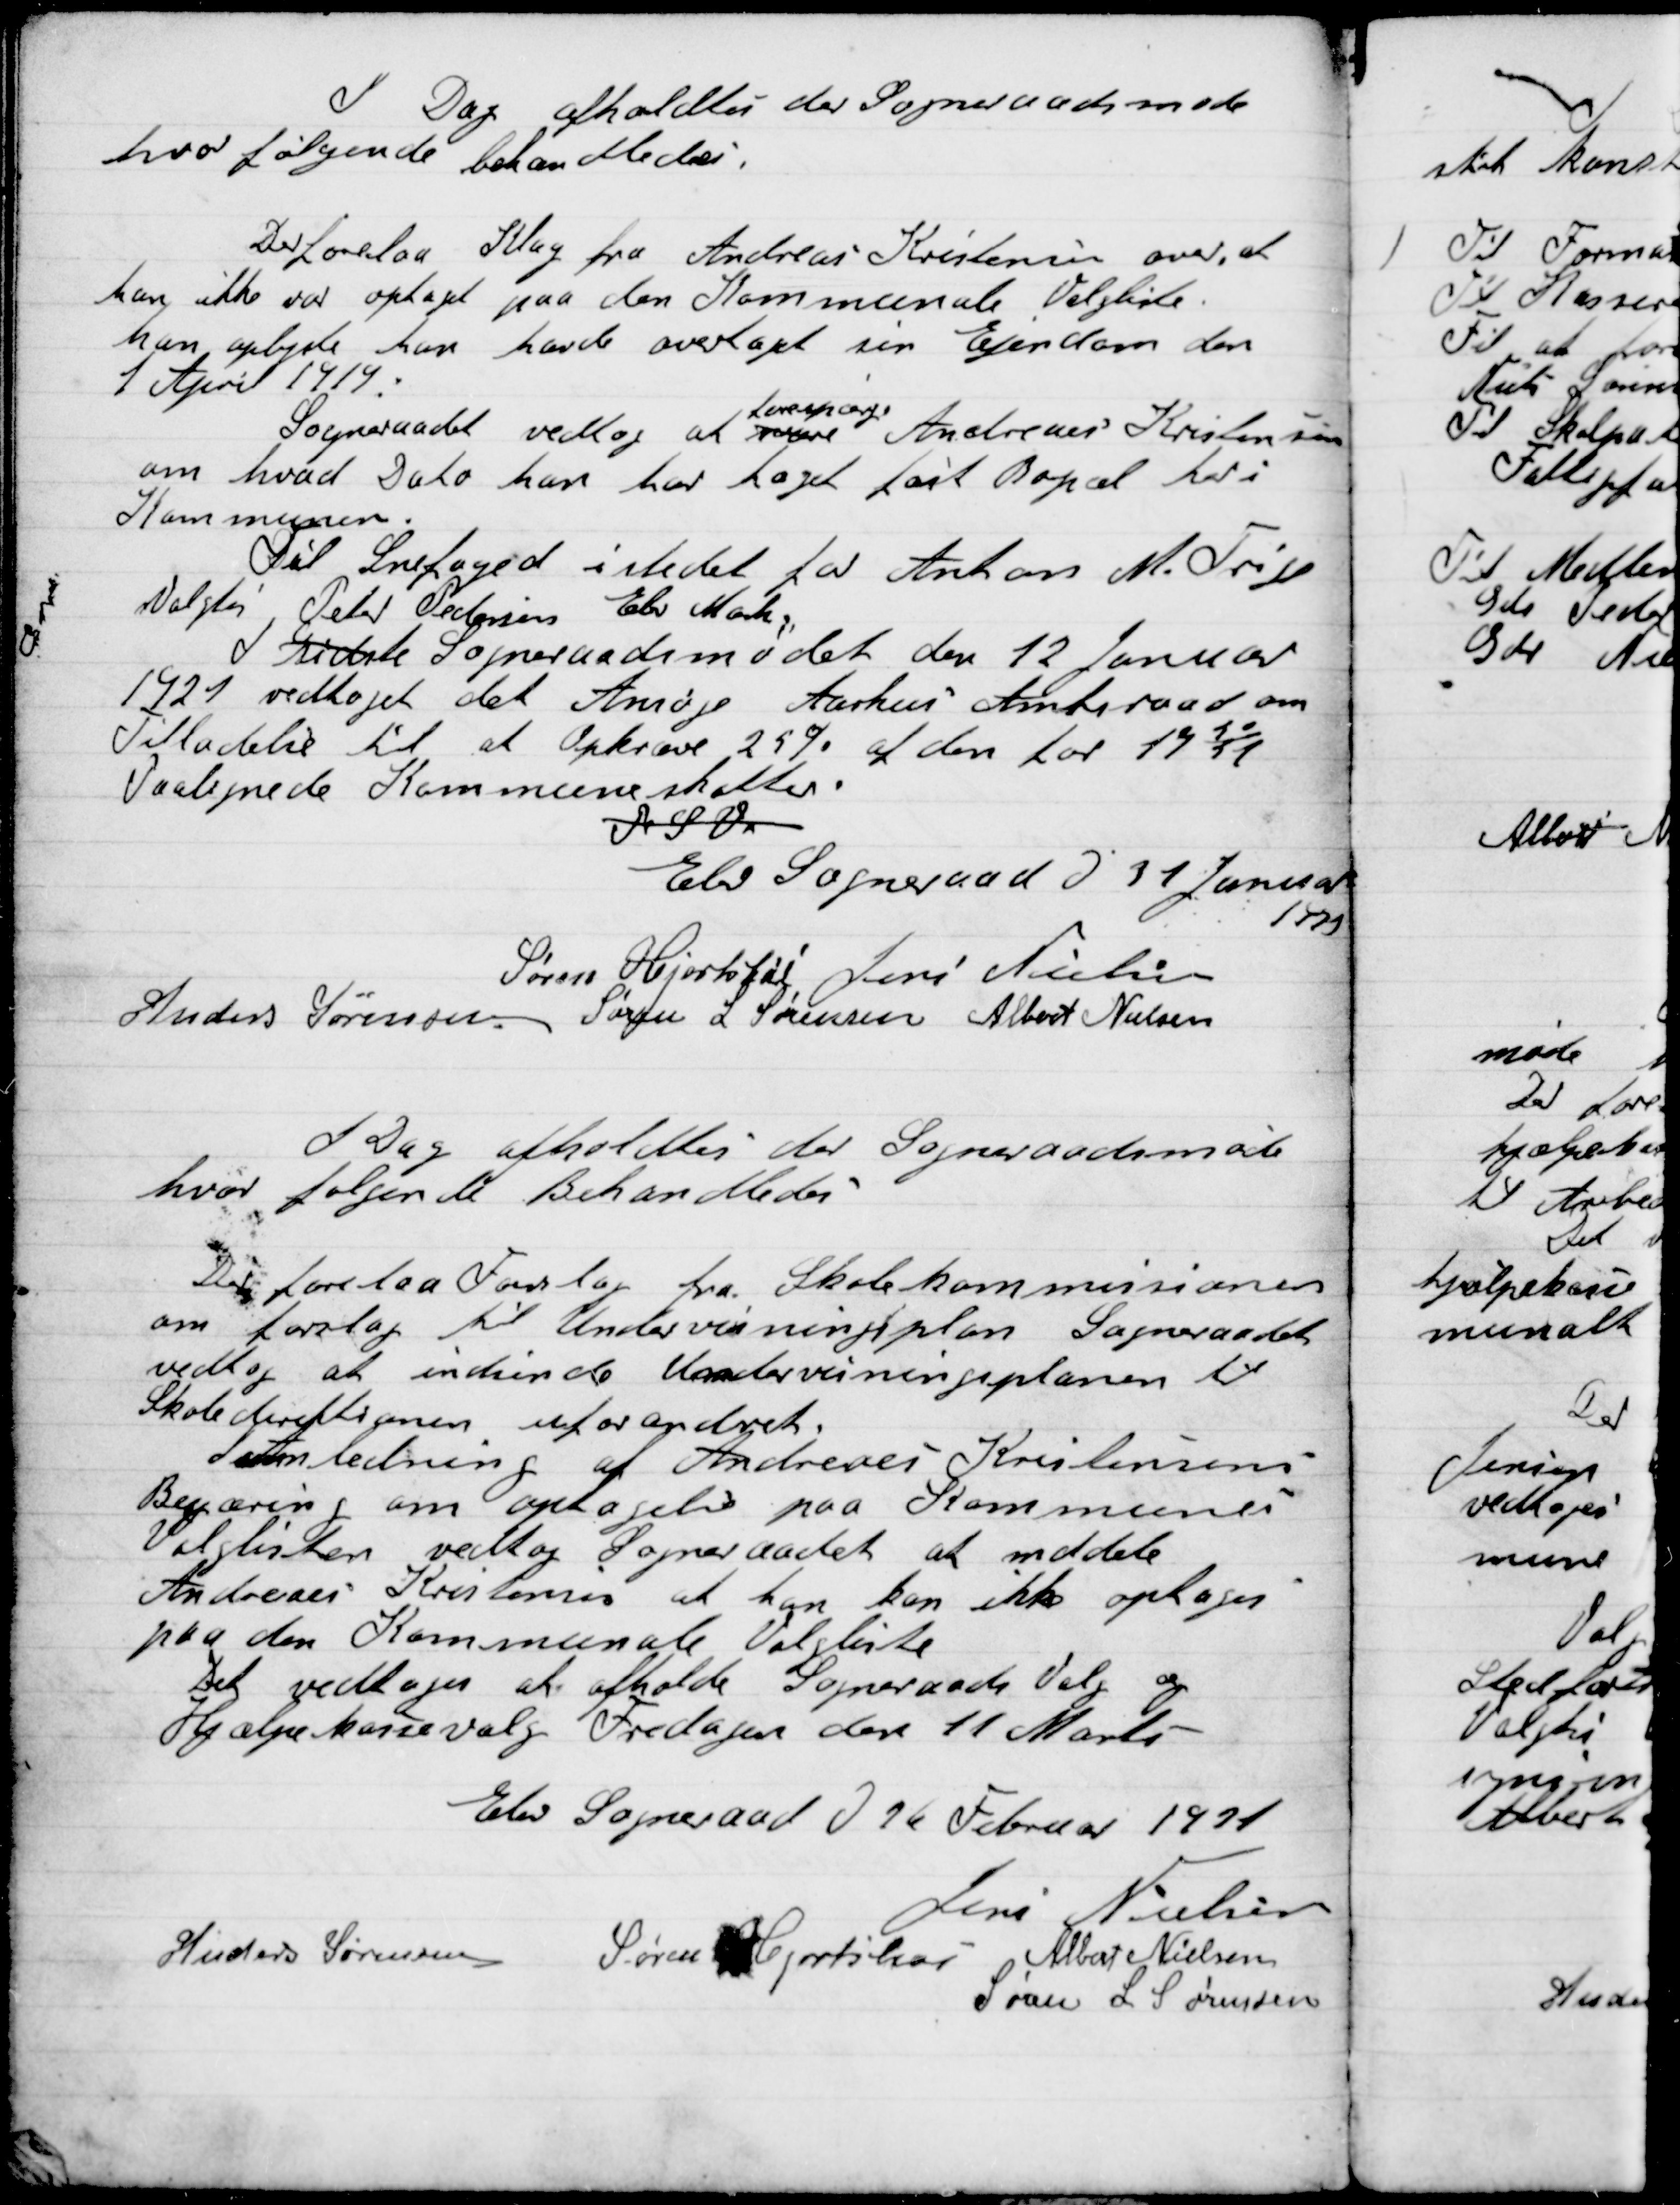
Transskription:
I Dag afholdtes der Sogneraadet møde
hvor følgende Behandledes

Der forelaa Klage fra Andreas Kristensen om, at
han ikke var optaget paa den kommunale valgliste.
Han oplyste han havde overtaget sin Ejendom den
1 April 1919.
Sogneraadet vedtog at
forespørge
Andreas Kristensen
om hvad Dato han har taget fast Bopæl her i
Kommunen
Til Snefoged i stedet for Anton M. Trige
Valgtes Peter Petersen Elev Mark
I sidste Sogneraadsmøde den 12 Januar
1921 vedtaget det Ansøge Aarhus Amtsraad om
Tilladelse til at Opkræve 25 % af den for 1920/21
Vastenede Kommuneskatter

P.S.V.

Elev Sogneraad D. 31 Januar
1921

Søren Hjortshøi,
Jens Nielsen
Anders Sørensen
Søren S. Sørensen
Albert Nielsen

I Dag afholdtes der  Sogneraadet møde
hvor følgende Behandledes

Der forelaa Forslag fra Skolekommissionen
om foreslag til Undervisningsplan Sogneraadet
vedtog at indsende Undervisningsplanen til
Skoledirektionen uforandret.
I Anledning af Andreas Kristensen
Begæring om optagelse paa Kommunens
Valgliste vedtog Sogneraadet at meddele
Andreas Kristensen at han kan ikke optages
paa den Kommunale Valgliste.
Det vedtoges at afholde Sogneraads Valg og
Hjælpekassevalg Fredagen den 11 Marts.

Elev Sogneraad D. 31 Februar 1921

Jens Nielsen
Anders Sørensen
Søren Hjortshøi
Albert Nielsen
Søren L. Sørensen